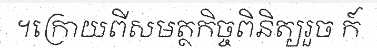
។ក្រោយពីសមត្ថកិច្ចពិនិត្យរួច ក៍